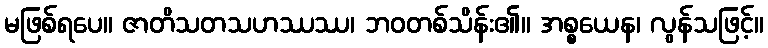
မဖြစ်ရပေ။ ဇာတိသတသဟဿဿ၊ ဘဝတစ်သိန်း၏။ အစ္စယေန၊ လွန်သဖြင့်။